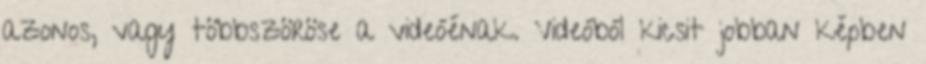
azonos, vagy többszöröse a videóénak. Videóból kicsit jobban képben